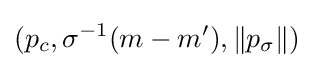
(p_{c},\sigma ^{-1}(m-m'),\|p_{\sigma }\|)